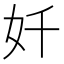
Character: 奷